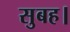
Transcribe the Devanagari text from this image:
सुबह।